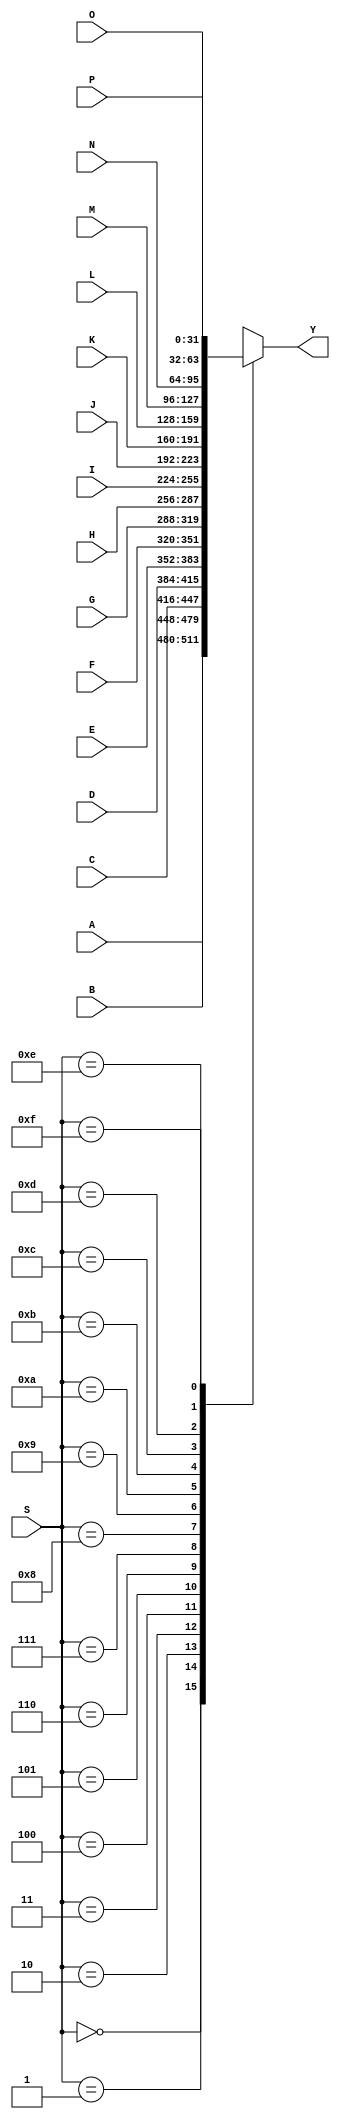
module mux_16x1_32bit (Y, S, A, B, C, D, E, F, G, H, I, J, K, L, M, N, O, P);

	//Inputs
	input wire [31:0] A,B,C,D,E,F,G,H,I,J,K,L,M,N,O,P;
	input wire [3:0] S;

	//Outputs
	output reg [31:0] Y;
	
	always @ (S,A,B,C,D,E,F,G,H,I,J,K,L,M,N,O,P)

	case(S)

		4'b0000: Y=A;		//Output is A
		4'b0001: Y=B;		//Output is B
		4'b0010: Y=C;		//Output is C
		4'b0011: Y=D;		//Output is D
		4'b0100: Y=E;		//Output is E
		4'b0101: Y=F;		//Output is F
		4'b0110: Y=G;		//Output is G
		4'b0111: Y=H;		//Output is H
		4'b1000: Y=I;		//Output is I
		4'b1001: Y=J;		//Output is J
		4'b1010: Y=K;		//Output is K
		4'b1011: Y=L;		//Output is L
		4'b1100: Y=M;		//Output is M
		4'b1101: Y=N;		//Output is N
		4'b1110: Y=O;		//Output is O
		4'b1111: Y=P;		//Output is P
	endcase // S	
endmodule // mux_16x1_32bit